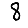
Digit: 8